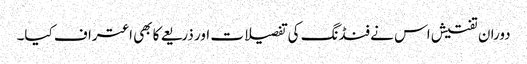
دوران تفتیش اس نے فنڈنگ کی تفصیلات اور ذریعے کا بھی اعتراف کیا۔